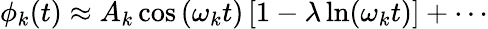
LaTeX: \phi_{k}(t)\approx A_{k}\cos\left(\omega_{k}t\right)\left[1-\lambda\ln(\omega_{k}t)\right]+\cdots